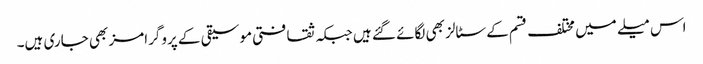
اس میلے میں مختلف قسم کے سٹالز بھی لگائے گئے ہیں جبکہ ثقافتی موسیقی کے پروگرامز بھی جاری ہیں۔